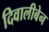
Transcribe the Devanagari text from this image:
दिवालीबेन